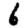
Digit: 6